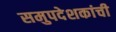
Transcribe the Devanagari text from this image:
समुपदेशकांची